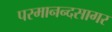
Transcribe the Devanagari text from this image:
परमानन्दसागर